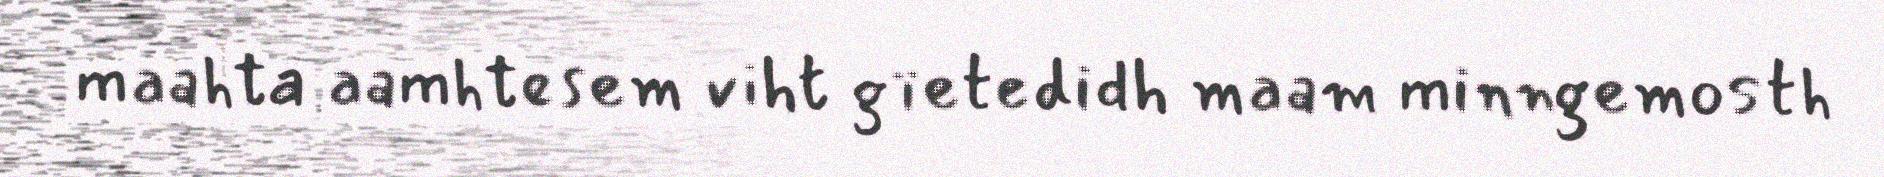
maahta aamhtesem viht gïetedidh maam minngemosth